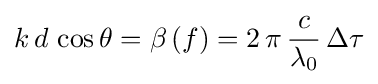
k\,d\,\cos {\theta }=\beta \left(f\right)=2\,\pi \,{\frac {c}{\lambda _{0}}}\,\Delta \tau